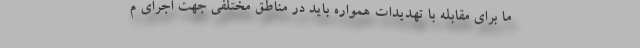
ما برای مقابله با تهدیدات همواره باید در مناطق مختلفی جهت اجرای م